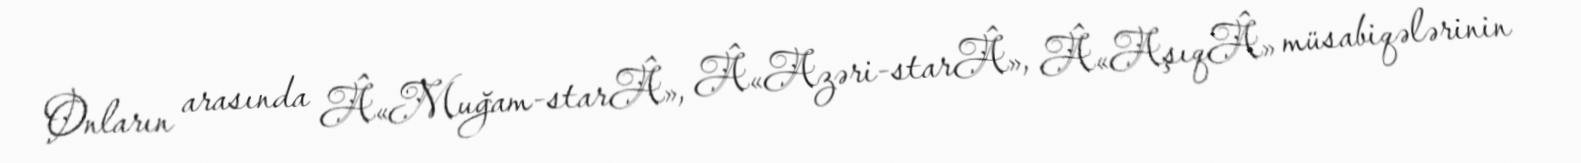
Onların arasında Â«Muğam-starÂ», Â«Azəri-starÂ», Â«AşıqÂ» müsabiqələrinin